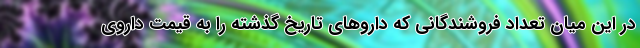
در این میان تعداد فروشندگانی که داروهای تاریخ گذشته را به قیمت داروی